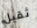
ثقيل